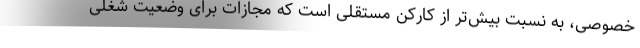
خصوصی، به نسبت بیش‌تر از کارکن مستقلی است که مجازات برای وضعیت شغلی